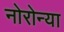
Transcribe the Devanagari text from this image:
नोरोन्या